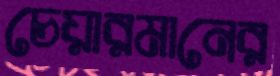
চেয়ারমানের